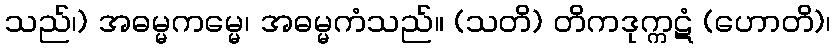
သည်၊) အဓမ္မကမ္မေ၊ အဓမ္မကံသည်။ (သတိ) တိကဒုက္ကဋံ (ဟောတိ)၊